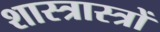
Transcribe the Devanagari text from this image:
शास्त्रास्त्रों